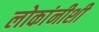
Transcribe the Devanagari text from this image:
लोकांनीशी